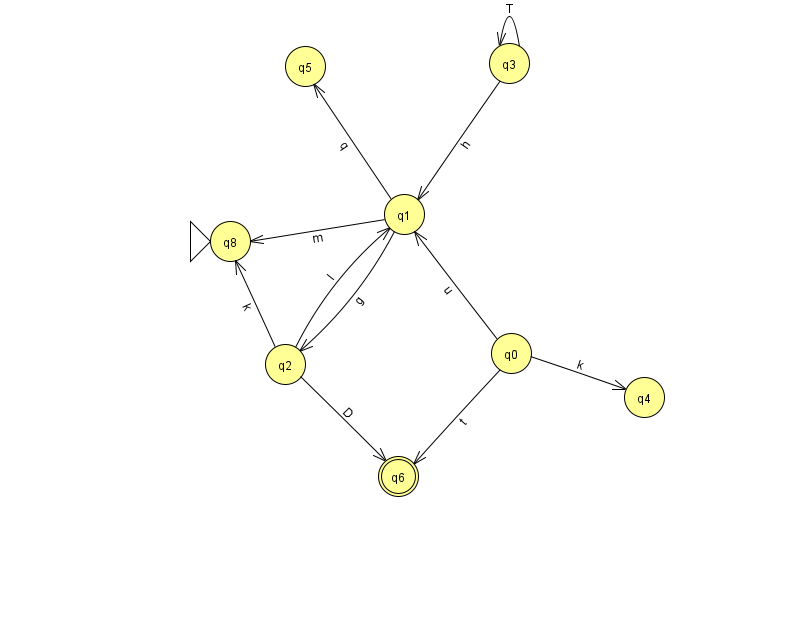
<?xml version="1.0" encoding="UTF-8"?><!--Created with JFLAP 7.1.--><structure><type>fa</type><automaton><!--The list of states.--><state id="0" name="q0"><x>511.0</x><y>340.0</y></state><state id="1" name="q1"><x>404.0</x><y>201.0</y></state><state id="2" name="q2"><x>285.0</x><y>351.0</y></state><state id="3" name="q3"><x>509.0</x><y>50.0</y></state><state id="4" name="q4"><x>644.0</x><y>384.0</y></state><state id="5" name="q5"><x>305.0</x><y>53.0</y></state><state id="6" name="q6"><x>398.0</x><y>463.0</y><final/></state><state id="8" name="q8"><x>230.0</x><y>228.0</y><initial/></state><!--The list of transitions.--><transition><from>3</from><to>1</to><read>h</read></transition><transition><from>2</from><to>1</to><read>l</read></transition><transition><from>2</from><to>8</to><read>k</read></transition><transition><from>3</from><to>3</to><read>T</read></transition><transition><from>0</from><to>4</to><read>k</read></transition><transition><from>1</from><to>2</to><read>g</read></transition><transition><from>0</from><to>1</to><read>u</read></transition><transition><from>0</from><to>6</to><read>t</read></transition><transition><from>1</from><to>8</to><read>m</read></transition><transition><from>2</from><to>6</to><read>D</read></transition><transition><from>1</from><to>5</to><read>q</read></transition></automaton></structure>